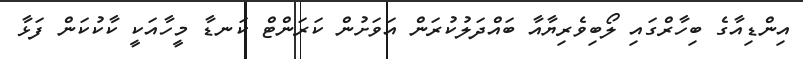
އިންޑިއާގެ ބިހާރްގައި ލޯބިވެރިޔާއާ ބައްދަލުކުރަން އަވަށުން ކަރަންޓް ކަނޑާ މީހާއަކީ ކާކުކަން ފަޅާ